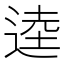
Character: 逵